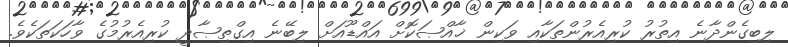
ލިބިގެންދާނެ އިތުރު ކުރިއެރުންތަކާއި ވަކިން ޚާއްޞަކޮށް އައްޑޫއަށް ލިބޭނެ އިގްތިޞާދީ ކުރިއެރުމުގެ ވާހަކަތަކެވެ.